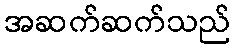
အဆက်ဆက်သည်